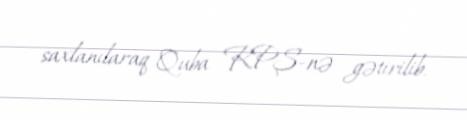
saxlanılaraq Quba RPŞ-nə gətirilib.